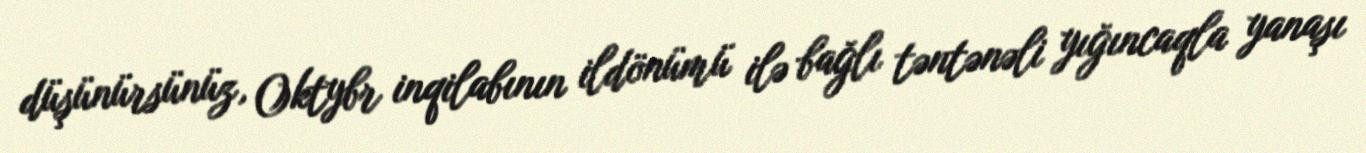
düşünürsünüz, Oktybr inqilabının ildönümü ilə bağlı təntənəli yığıncaqla yanaşı